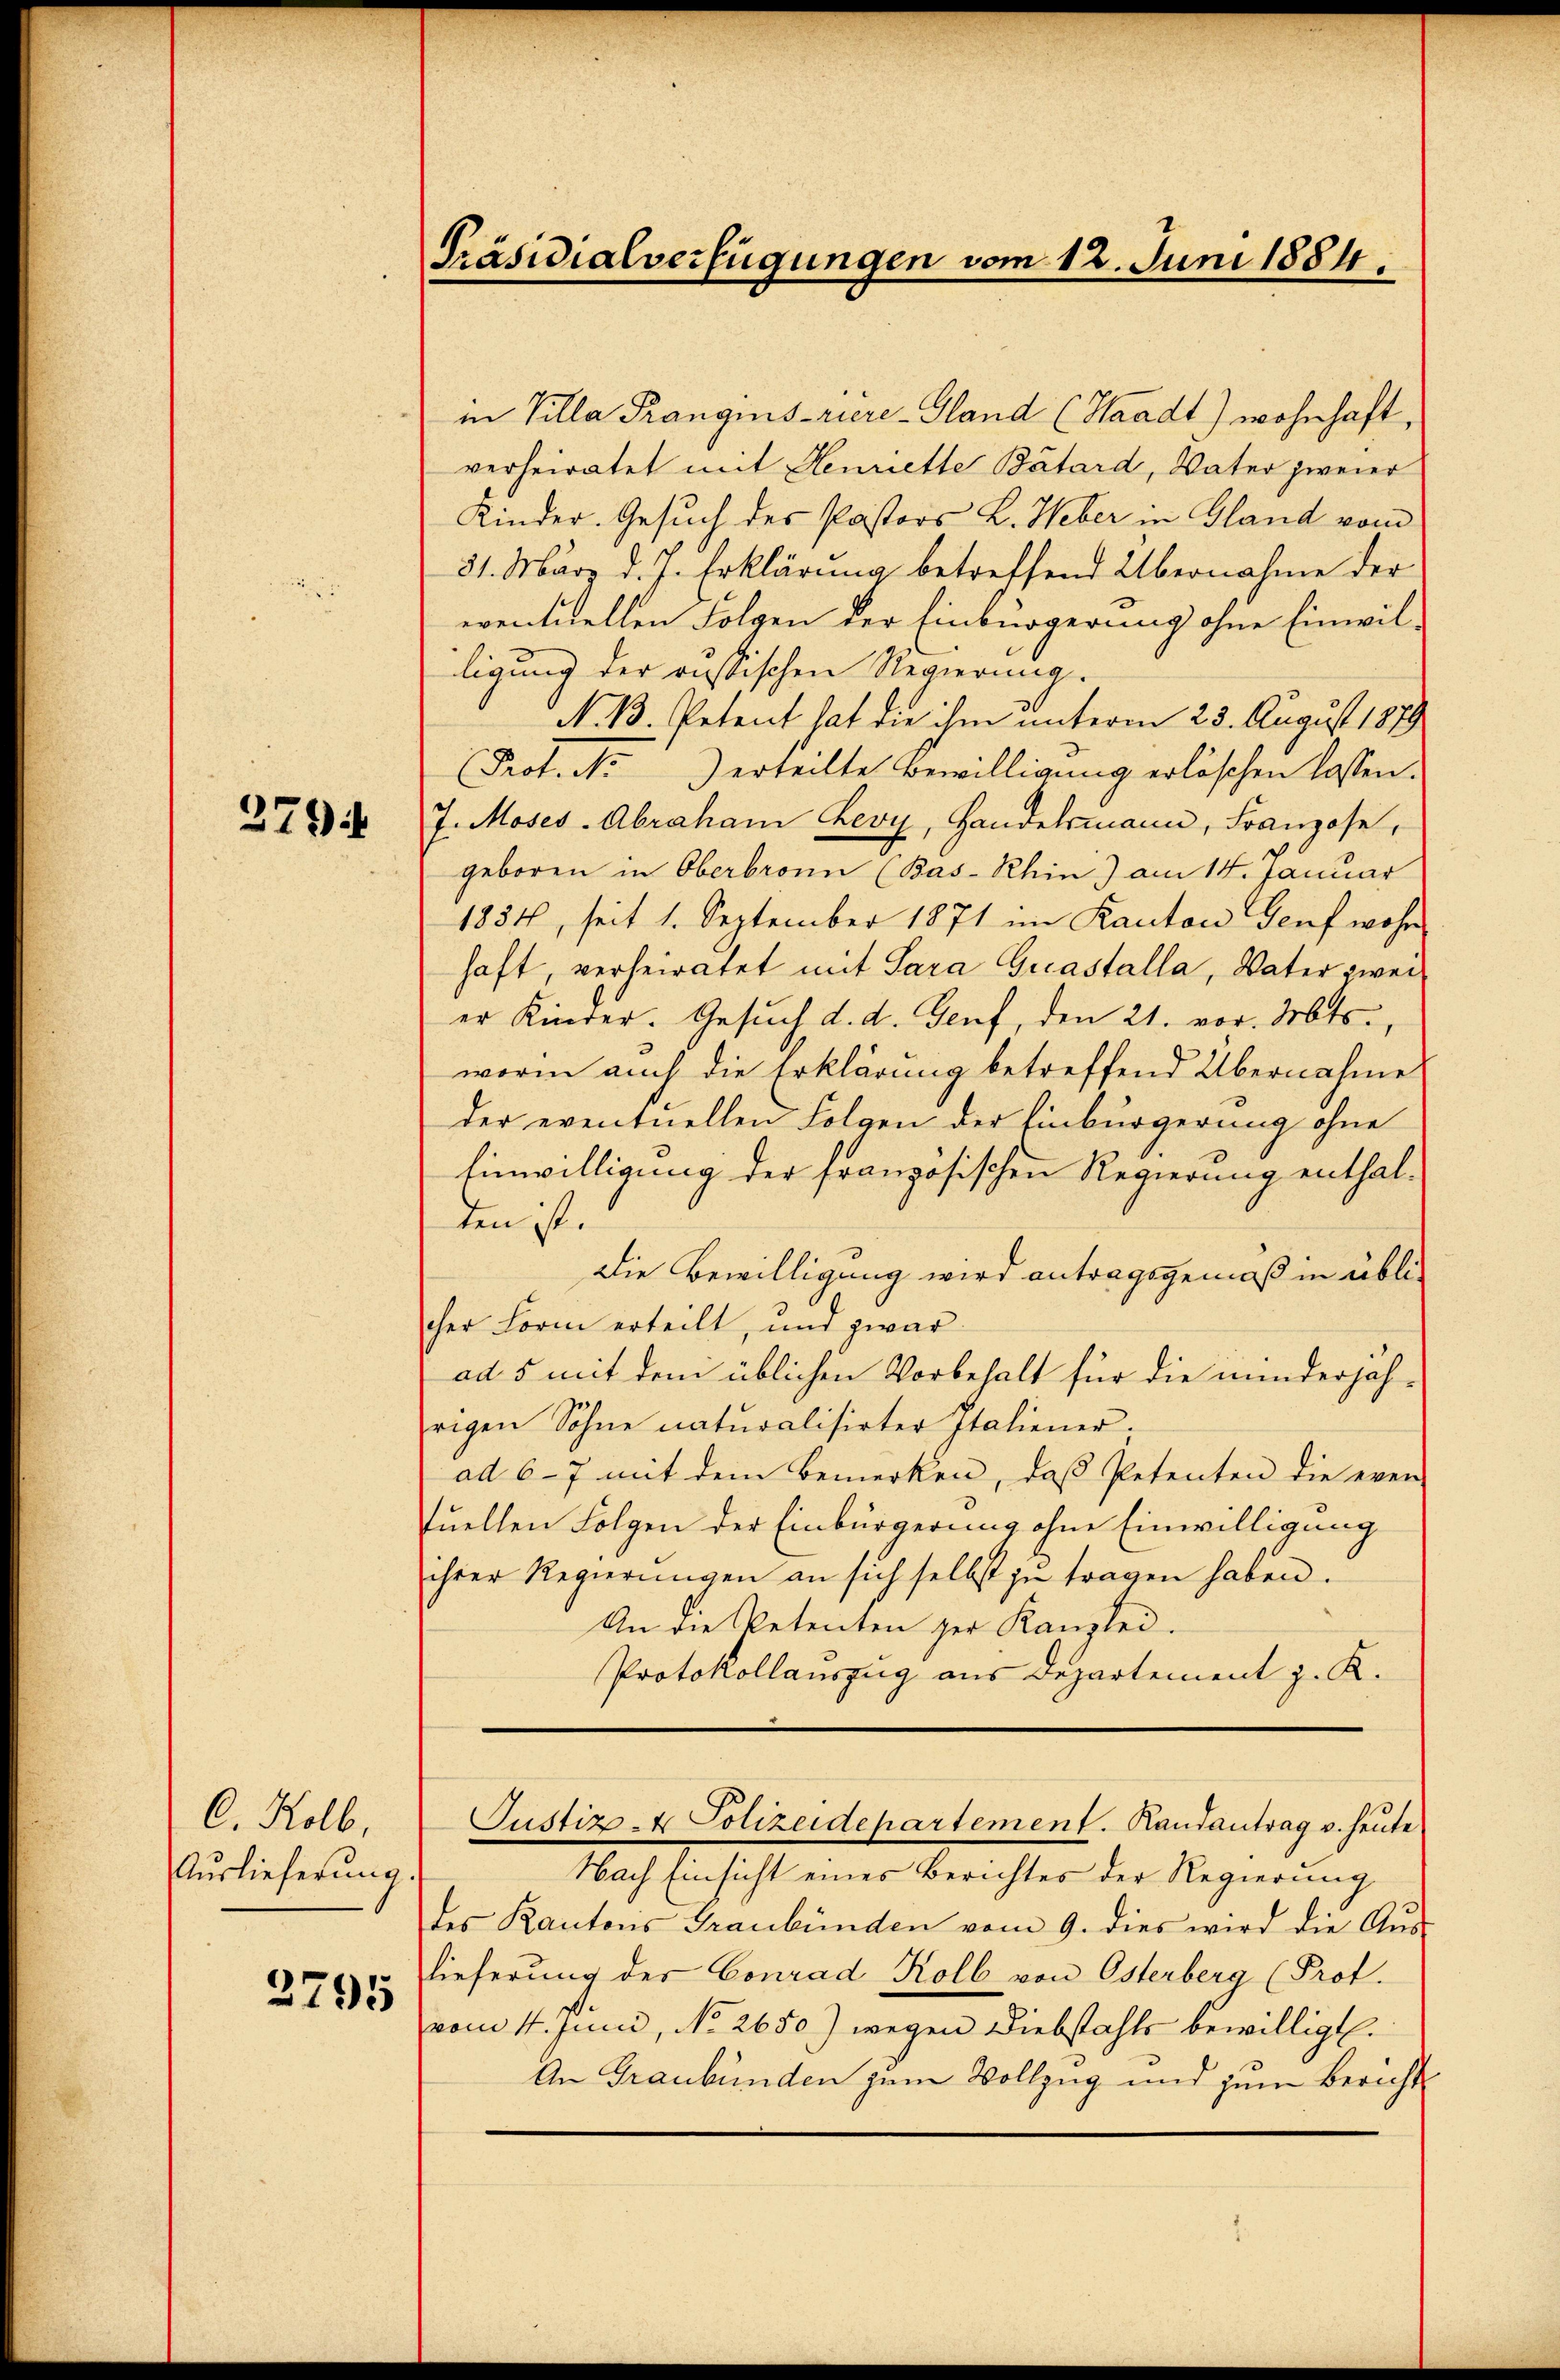
2794

C. Kolb,
Auslieferŭng.
2795

Präsidialverfügungen vom 12. Juni 1884.

in Villa Prangins-riere-Gland (Waadt) wohnhaft,
verheiratet mit Henriette Bátard, Vater zweier
Kinder. Gesuch des Pastors L. Weber in Gland vom
31. März d. J. Erklärung betreffend Übernahme der
eventuellen Folgen der Einbürgerung ohne Einwilligung der russischen Regierung
N. 13. Petent hat die ihm unterm 25. August 1879
Prof. No. 3 erteilte Bewilligung erlöschen lassen.
J. Moses Abraham Leoy, Handelsmann, Franzose,
geboren in Oberbronn (Bas-Rhin) am 14. Januar
1834, seit 1. September 1871 im Kanton Genf wohn
haft, verheiratet mit Sara Guastalla, Vater zwei
er Kinder. Gesŭch d. d. Genf, den 21. vor. Mts.,
worin auch die Erklärung betreffend Übernahme
der eventuellen Folgen der Einbürgerung ohne
Einwilligung der französischen Regierung enthalten ist.
Die Bewilligung wird antragsgemäß in üblicher Form erteilt, und zwar
ad 5 mit dem üblichen Vorbehalt für die minderjährigen Sohne naturalisirter Italiener,
ad 6-7 mit dem Bemerken, daß Petenten die even
Quellen Folgen der Einbürgerung ohne Einwilligung
ihrer Regierungen an sich selbst zu tragen haben.
An die Petenten der Kanzlei.
Protokollauszug aus Departement z. K.
e
Justiz- & Polizeidepartement. Randantrag v. heute
Nach Einsicht eines Berichtes der Regierung
des Kantons Graubünden vom 9. dies wird die Aŭs-
lieferung der Conrad Kolb von Osterberg (Prof.
vom 1. Juni, No 2650) wegen Diebstahls bewilligt.
An Graubünden zum Vollzug und zum Bericht